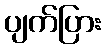
ပျက်ပြား